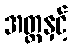
အတ္တနှင့်